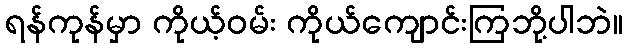
ရန်ကုန်မှာ ကိုယ့်ဝမ်း ကိုယ်ကျောင်းကြဘို့ပါဘဲ။